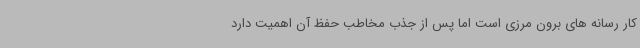
کار رسانه های برون مرزی است اما پس از جذب مخاطب حفظ آن اهمیت دارد